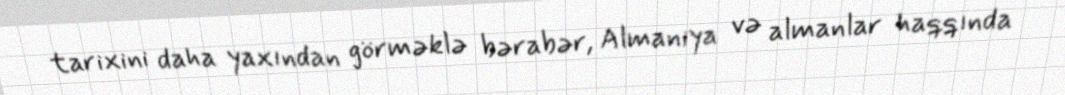
tarixini daha yaxından görməklə bərabər, Almaniya və almanlar haqqında